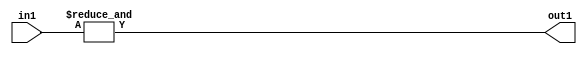
`timescale 1ps / 1ps
/*****************************************************************************
    Verilog RTL Description
    
    
    Created by: Stratus DpOpt 2019.1.01 
*******************************************************************************/

module st_weight_addr_gen_AndReduction_2S_1U_4_1 (
	in1,
	out1
	); /* architecture "behavioural" */ 
input [1:0] in1;
output  out1;
wire  asc001;

assign asc001 = 
	(&in1);

assign out1 = asc001;
endmodule

/* CADENCE  urfwTQk= : u9/ySgnWtBlWxVPRXgAZ4Og= ** DO NOT EDIT THIS LINE ******/